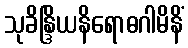
သုခိန္ဒြိယနိရောဓဂါမိနိံ